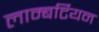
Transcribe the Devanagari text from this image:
लाम्बर्टियन